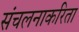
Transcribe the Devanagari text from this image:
संचलनाकरिता